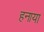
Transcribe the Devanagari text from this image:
हनाया